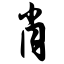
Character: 肖